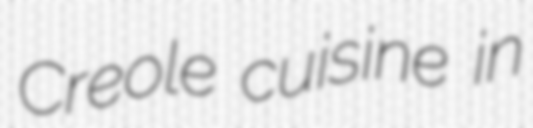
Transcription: Creole cuisine in